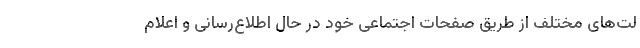
لت‌های مختلف از طریق صفحات اجتماعی خود در حال اطلاع‌رسانی و اعلام